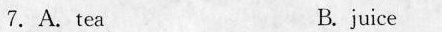
7. A tea B.juice